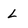
Character: L